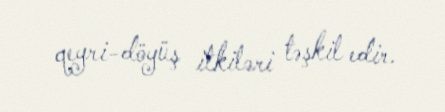
qeyri-döyüş itkiləri təşkil edir.